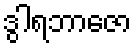
ဒွါရဘာဇော